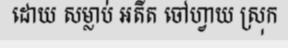
ដោយ សម្លាប់ អតីត ចៅហ្វាយ ស្រុក